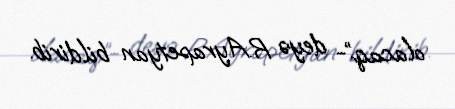
olacaq”- deyə R.Ayrapetyan bildirib.